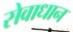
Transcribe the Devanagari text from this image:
सेवाधान